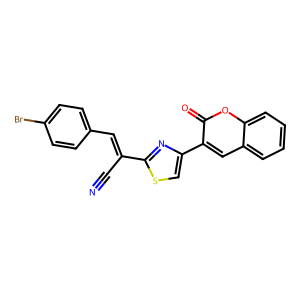
SMILES: N#CC(=Cc1ccc(Br)cc1)c1nc(-c2cc3ccccc3oc2=O)cs1
Inhibits HIV replication: No